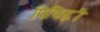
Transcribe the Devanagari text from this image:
पिचिह्ली